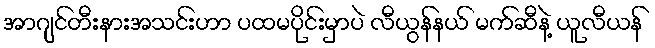
အာဂျင်တီးနားအသင်းဟာ ပထမပိုင်းမှာပဲ လီယွန်နယ် မက်ဆီနဲ့ ယူလီယန်